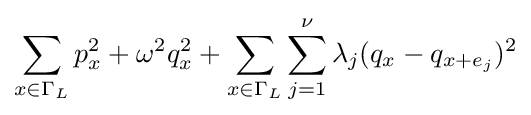
\sum _{x\in \Gamma _{L}}p_{x}^{2}+\omega ^{2}q_{x}^{2}+\sum _{x\in \Gamma _{L}}\sum _{j=1}^{\nu }\lambda _{j}(q_{x}-q_{x+e_{j}})^{2}